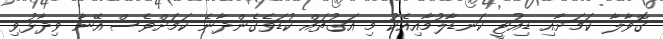
ގޮވާލާ ކަމަށާއި ޑިއުޓީ ކަނޑާލުމާއިއެކު މި އަގުތައް ކުޑަވެގެންދާނެ ކަމަށްވެސް އޭނާ ވިދާޅުވި